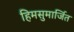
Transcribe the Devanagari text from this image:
हिमसुमार्जित